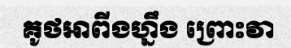
គូថអាពីងហ្នឹង ព្រោះវា